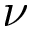
\nu